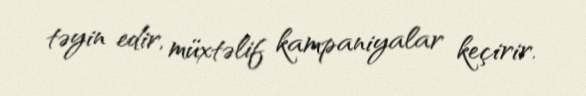
təyin edir, müxtəlif kampaniyalar keçirir.